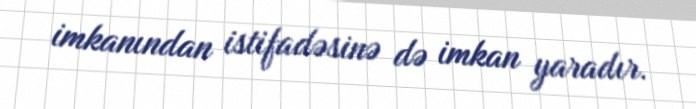
imkanından istifadəsinə də imkan yaradır.